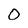
Character: 0